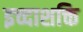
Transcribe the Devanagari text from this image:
इच्दाशक्ति